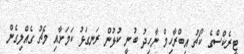
ޓީރެކްސްގެ ކޯޗު އިބްރާހިމް ނާހިދު ބުނީ ކުޅުން ރަނގަޅު ކަމަށާއި މެޗު ގެއްލިގެން